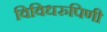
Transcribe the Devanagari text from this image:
विविधरुपिणी